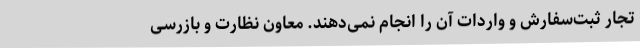
تجار ثبت‌سفارش و واردات آن را انجام نمی‌دهند. معاون نظارت و بازرسی